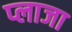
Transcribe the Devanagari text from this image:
प्‍लाजा